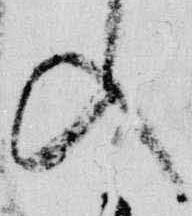
入